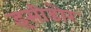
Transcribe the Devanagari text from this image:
इसीडोर